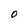
Character: 0